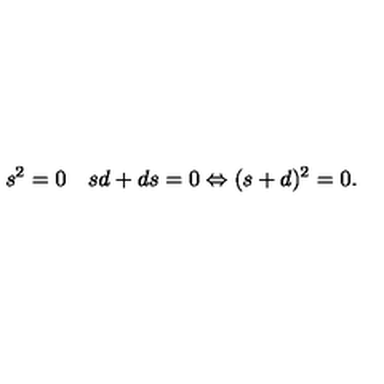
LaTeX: s ^ { 2 } = 0 \quad s d + d s = 0 \Leftrightarrow ( s + d ) ^ { 2 } = 0 .